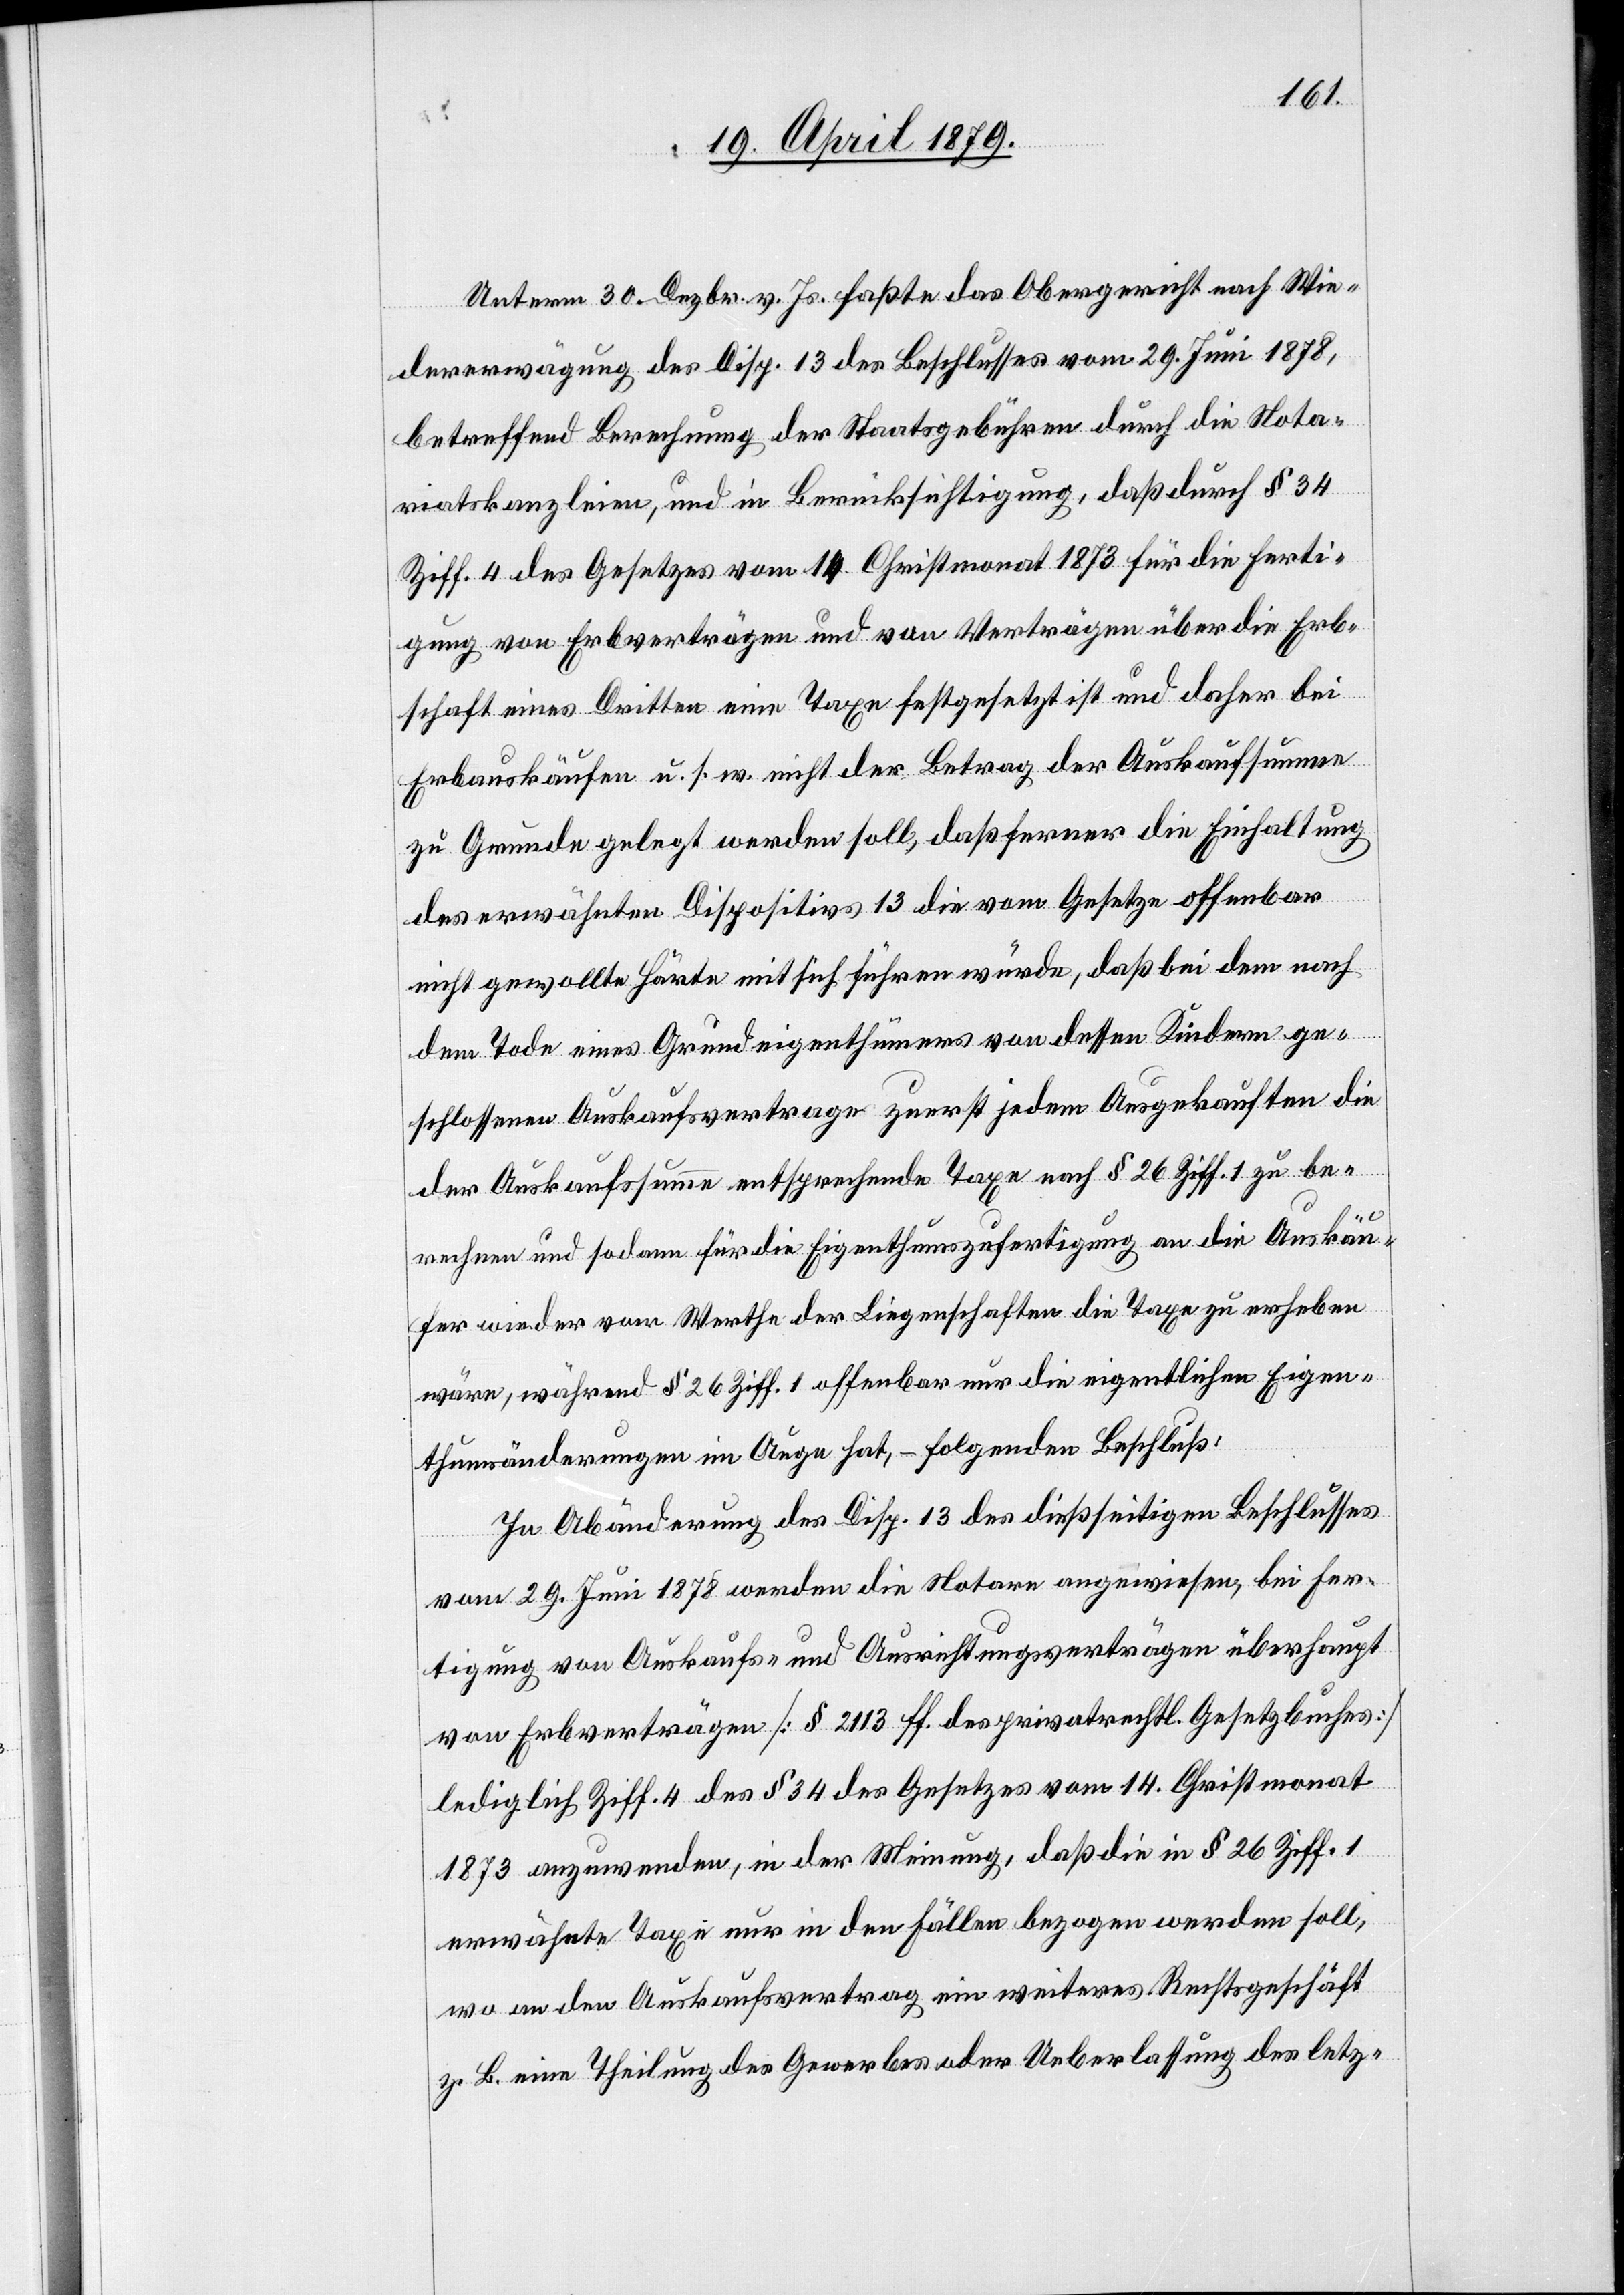
Unterm 30. Dezbr. v. Js. faßte das Obergericht nach Wie¬
dererwägung des Disp. 13 des Beschlusses vom 29. Juni 1878,
betreffend Berechnung der Staatsgebühren durch die Nota¬
riatskanzleien, und in Berücksichtigung, daß durch § 34
Ziff. 4 des Gesetzes vom 14. Christmonat 1873 für die Ferti¬
gung von Erbverträgen und von Verträgen über die Erb¬
schaft eines dritten eine Taxe festgesetzt ist und daher bei
Erbauskäufen u. s. w. nicht der Betrag der Auskaufsumme
zu Grunde gelegt werden soll, daß ferner die Einhaltung
des erwähnten Dispositivs 13 die vom Gesetze offenbar
nicht gewollte Härte mit sich führen würde, daß bei dem nach
dem Tode eines Grundeigenthümers von dessen Kindern ge¬
schlossenen Auskaufsvertrage zuerst jedem Ausgekauften die
der Auskaufssumme entsprechende Taxe nach § 26 Ziff. 1 zu be¬
rechnen und sodann für die Eigenthumszufertigung an die Auskäu¬
fer wieder vom Werthe der Liegenschaften die Taxe zu erheben
wäre, während § 26 Ziff. 1 offenbar nur die eigentlichen Eigen¬
thumsänderungen im Auge hat, – folgenden Beschluß:
In Abänderung des Disp. 13 des dießseitigen Beschlusses
vom 29. Juni 1878 werden die Notare angewiesen, bei Fer¬
tigung von Auskaufs- und Ausrichtungsverträgen überhaupt
von Erbverträgen [§ 2113 ff. des privatrechtl. Gesetzbuches]
lediglich Ziff. 4 des § 34 des Gesetzes vom 14. Christmonat
1873 anzuwenden, in der Meinung, daß die in § 26 Ziff. 1
erwähnte Taxe nur in den Fällen bezogen werden soll,
wo an den Auskaufsvertrag ein weiteres Rechtsgeschäft
z. B. eine Theilung des Gewerbes oder Ueberlassung des letz-